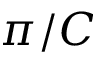
\pi / C